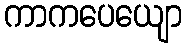
ကာကပေယျော